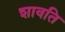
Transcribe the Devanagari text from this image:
शावति